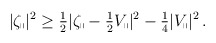
\begin{align*} \begin{aligned} |\zeta_\shortparallel|^2 \geq \tfrac{1}{2} |\zeta_\shortparallel - \tfrac{1}{2} V_\shortparallel|^2 - \tfrac{1}{4} |V_\shortparallel|^2 \,. \end{aligned} \end{align*}